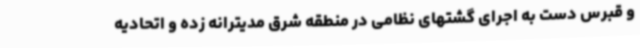
و قبرس دست به اجرای گشتهای نظامی در منطقه شرق مدیترانه زده و اتحادیه